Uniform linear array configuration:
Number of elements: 64
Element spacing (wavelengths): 0.75
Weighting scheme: exponential
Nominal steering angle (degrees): -15
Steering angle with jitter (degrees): -15.682
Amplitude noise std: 0.05
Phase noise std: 0.05

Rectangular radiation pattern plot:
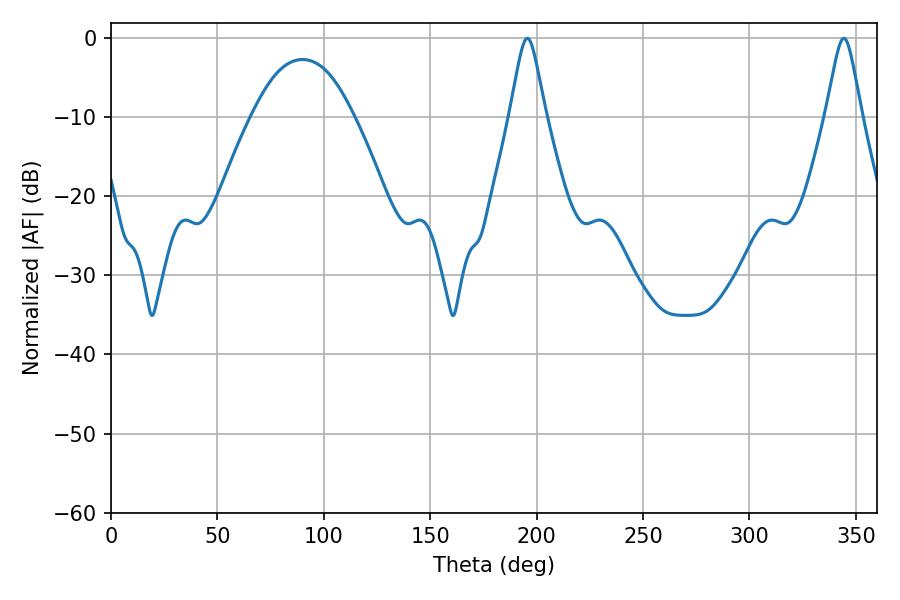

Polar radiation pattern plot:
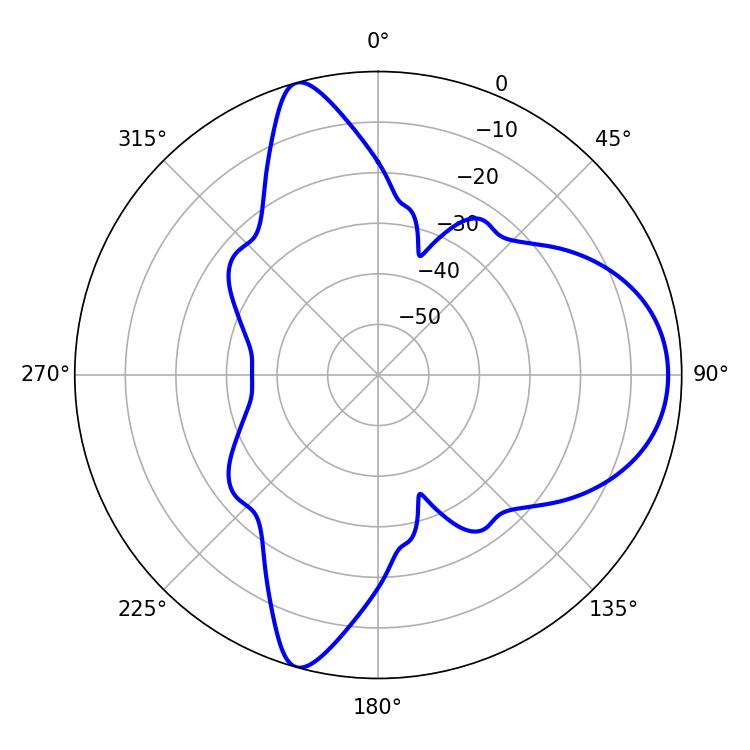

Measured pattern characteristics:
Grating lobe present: TRUE
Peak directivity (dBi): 9.636
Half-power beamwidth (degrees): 7.92
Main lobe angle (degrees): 195.66